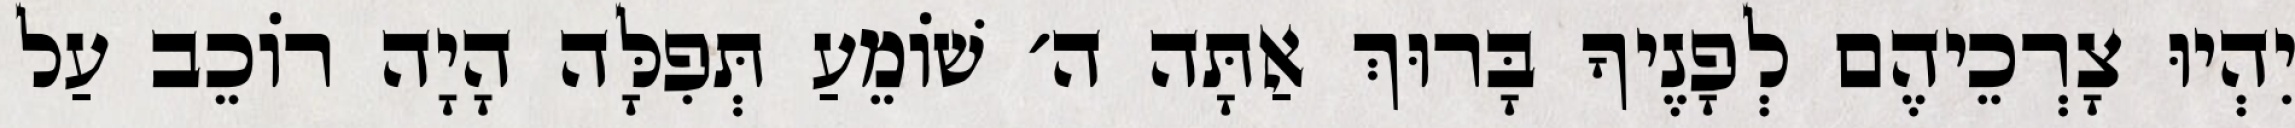
יִהְיוּ צָרְכֵיהֶם לְפָנֶיךָ בָּרוּךְ אַתָּה ה׳ שׁוֹמֵעַ תְּפִלָּה הָיָה רוֹכֵב עַל